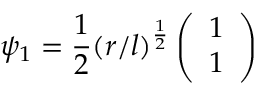
\psi _ { 1 } = \frac { 1 } { 2 } ( r / l ) ^ { \frac { 1 } { 2 } } \left( \begin{array} { c } { { 1 } } \\ { { 1 } } \end{array} \right)